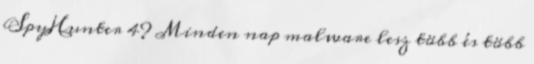
SpyHunter 4? Minden nap malware lesz több és több